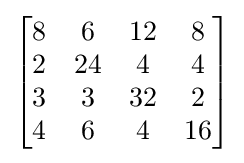
{\begin{bmatrix}{\begin{matrix}8&6&12&8\\2&24&4&4\\3&3&32&2\\4&6&4&16\end{matrix}}\end{bmatrix}}